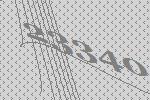
23340